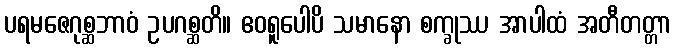
ပရမဇေဂုစ္ဆဘာဝံ ဥပဂစ္ဆတိ။ ဧဝရူပေါပိ သမာနော စက္ခုဿ အာပါထံ အတီတတ္တာ